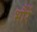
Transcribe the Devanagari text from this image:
भौरें